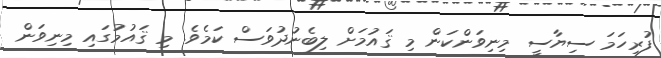
ފުރިހަމަ ސިޔާސީ މިނިވަންކަން މި ޤައުމަށް ލިބެނުދުވަސް ކަމެވެ. މި ޤައުމުގައި މިނިވަން